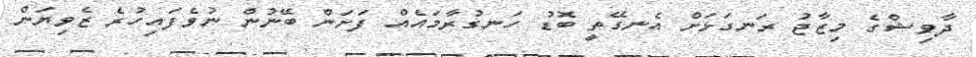
ދާވިޝްގެ މިޒާޖު ރަނގަޅަށް އެނގޭތީ ބޮޑު ހަނގުރާމައެއް ފަށަން ބޭނުން ނުވެފައިހުރެ ޒެވިޔަން